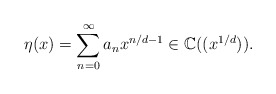
\begin{align*}\eta(x)=\sum_{n=0}^\infty a_nx^{n/d-1}\in\mathbb{C}((x^{1/d})).\end{align*}